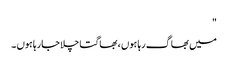
"
میں بھاگ رہا ہوں ، بھاگتا چلا جارہا ہوں ۔